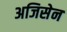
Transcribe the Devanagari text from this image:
अजिसेन